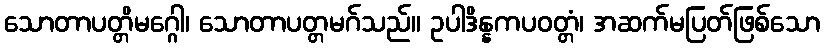
သောတာပတ္တိမဂ္ဂေါ၊ သောတာပတ္တမဂ်သည်။ ဥပါဒိန္နကပဝတ္တံ၊ အဆက်မပြတ်ဖြစ်သော